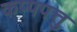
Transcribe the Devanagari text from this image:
कप्पपत्तु